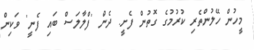
މީހުން ހޭލުންތެރި ކުރުމުގެ ގޮތުން ފެށީ. ދެން 'ފްލާލަސް ބައި ފެނީ' ވަކިން